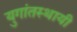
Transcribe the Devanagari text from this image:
युगांतस्थायी